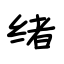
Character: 绪